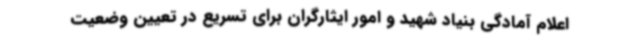
اعلام آمادگی بنیاد شهید و امور ایثارگران برای تسریع در تعیین وضعیت